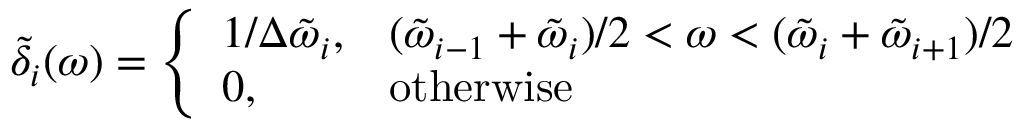
\tilde { \delta } _ { i } ( \omega ) = \left\{ \begin{array} { l l } { 1 / \Delta \tilde { \omega } _ { i } , } & { ( \tilde { \omega } _ { i - 1 } + \tilde { \omega } _ { i } ) / 2 < \omega < ( \tilde { \omega } _ { i } + \tilde { \omega } _ { i + 1 } ) / 2 } \\ { 0 , } & { \mathrm { o t h e r w i s e } } \end{array} \right.